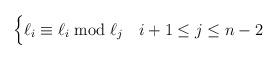
LaTeX: \begin{align*}\begin{cases} \ell_i \equiv \ell_i \bmod \ell_{j} & i+1 \leq j \leq n-2 \\\end{cases} \end{align*}